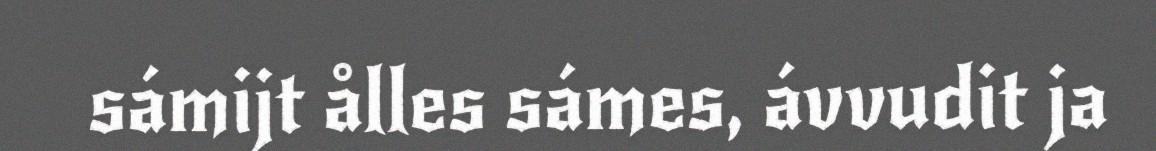
sámijt ålles sámes, ávvudit ja